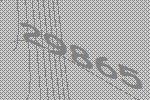
29865